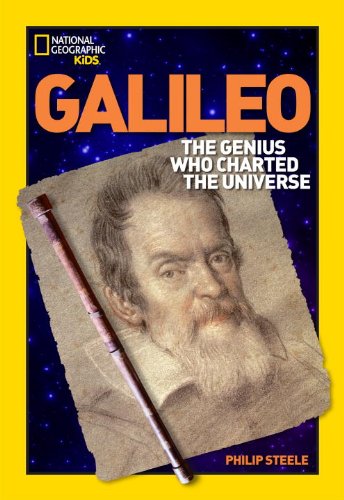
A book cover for World History Biographies: Galileo: The Genius Who Charted the Universe (National Geographic World History Biographies); Philip Steele; Children's Books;